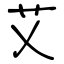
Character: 艾